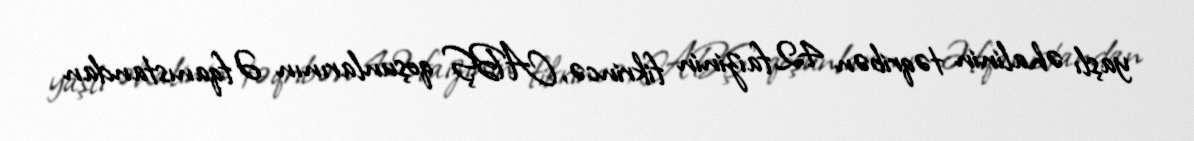
yaşlı əhalinin təqribən 42 faizinin fikrincə, ABŞ qoşunlarının Əfqanıstandan